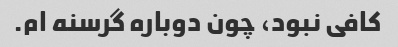
کافی نبود، چون دوباره گرسنه ام.